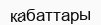
кабаттары